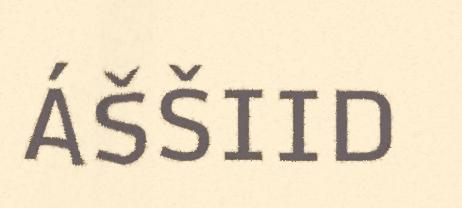
ÁŠŠIID